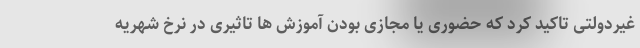
غیردولتی تاکید کرد که حضوری یا مجازی بودن آموزش ها تاثیری در نرخ شهریه